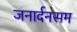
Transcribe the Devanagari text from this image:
जनार्दनसम